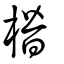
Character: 橬